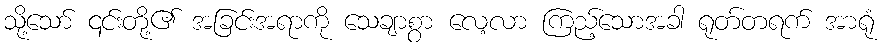
သို့သော် ၎င်းတို့၏ အခြင်းအရာကို သေချာစွာ လေ့လာ ကြည့်သောအခါ ရုတ်တရက် အာရုံ